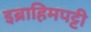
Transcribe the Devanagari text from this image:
इब्राहिमपट्टी